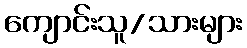
ကျောင်းသူ/သားများ